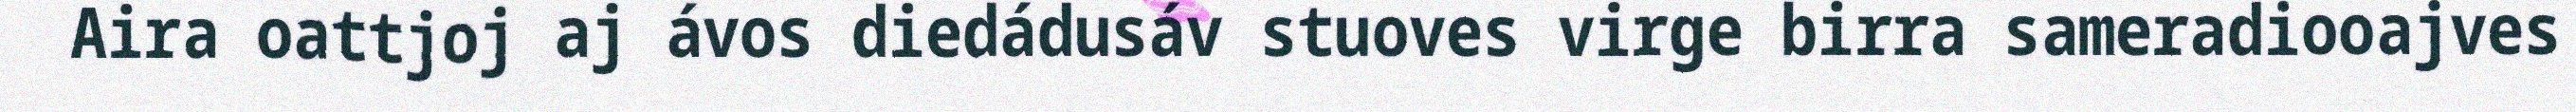
Aira oattjoj aj ávos diedádusáv stuoves virge birra sameradiooajves